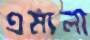
এমালা